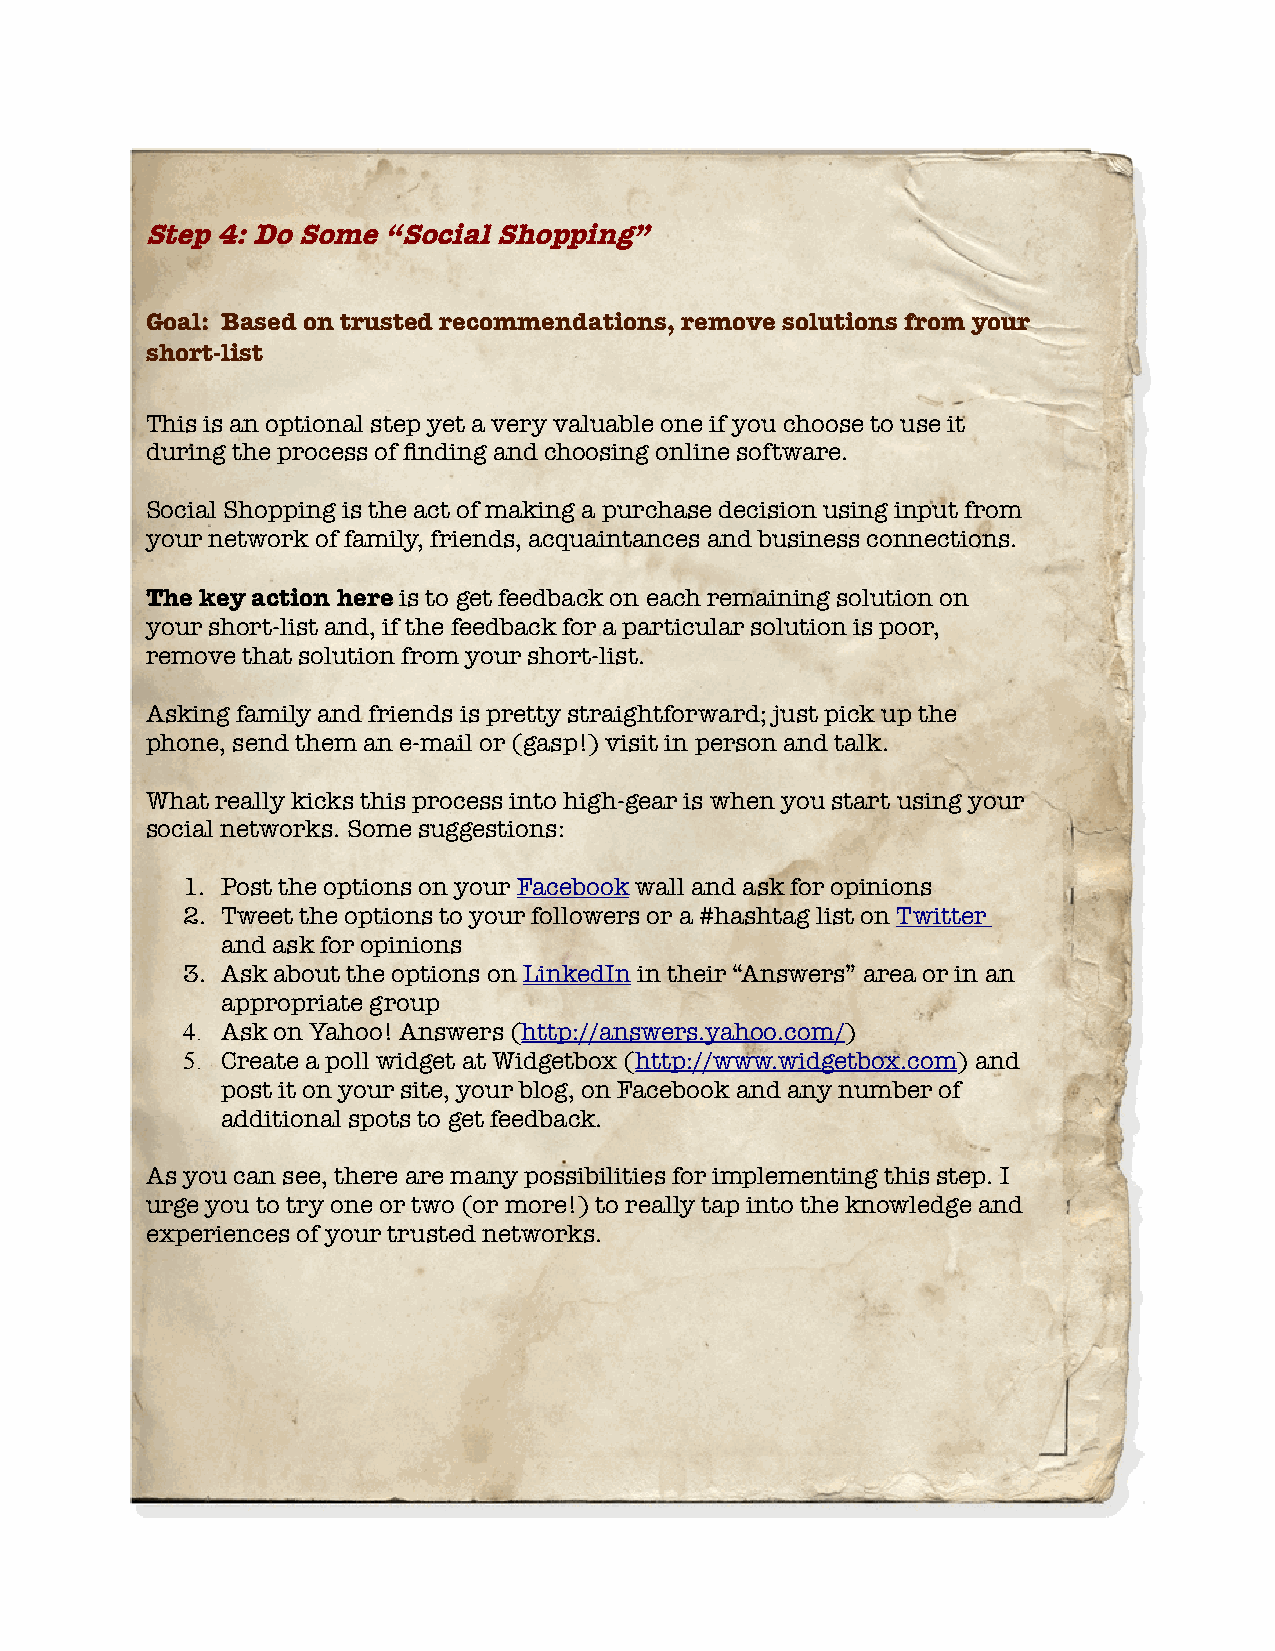
Step 4: Do Some “Social Shopping”
 Goal: Based on trusted recommendations, remove solutions from your
 short-list
 This is an optional step yet a very valuable one if you choose to use it
 during the process of fnding and choosing online software.
 Social Shopping is the act of making a purchase decision using input from
 your network of family, friends, acquaintances and business connections.
 The key action here is to get feedback on each remaining solution on
 your short-list and, if the feedback for a particular solution is poor,
 remove that solution from your short-list.
 Asking family and friends is pretty straightforward; just pick up the
 phone, send them an e-mail or (gasp!) visit in person and talk.
 What really kicks this process into high-gear is when you start using your
 social networks. Some suggestions:
 1. Post the options on your Facebook wall and ask for opinions
 2. Tweet the options to your followers or a #hashtag list on Twitter
 and ask for opinions
 3. Ask about the options on LinkedIn in their “Answers” area or in an
 appropriate group
 4. Ask on Yahoo! Answers (http://answers.yahoo.com/)
 5. Create a poll widget at Widgetbox (http://www.widgetbox.com) and
 post it on your site, your blog, on Facebook and any number of
 additional spots to get feedback.
 As you can see, there are many possibilities for implementing this step. I
 urge you to try one or two (or more!) to really tap into the knowledge and
 experiences of your trusted networks.